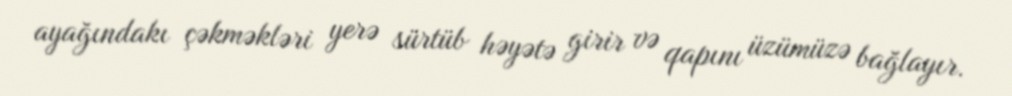
ayağındakı çəkməkləri yerə sürtüb həyətə girir və qapını üzümüzə bağlayır.